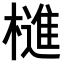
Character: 𣛎